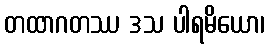
တထာဂတဿ ဒသ ပါရမိယော၊